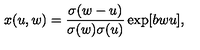
x ( u , w ) = { \frac { \sigma ( w - u ) } { \sigma ( w ) \sigma ( u ) } } \exp [ b w u ] ,